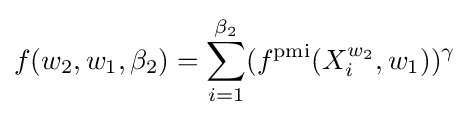
f(w_{2},w_{1},\beta _{2})=\sum _{i=1}^{\beta _{2}}(f^{\text{pmi}}(X_{i}^{w_{2}},w_{1}))^{\gamma }